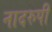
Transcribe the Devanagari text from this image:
नादरुपी